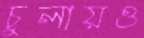
চুলায়ও